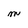
Character: m